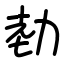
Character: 勎